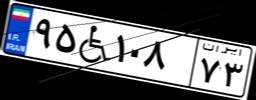
۹۵W۱۰۸۷۳